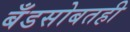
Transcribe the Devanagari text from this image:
बँडसोबतही